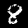
Label: 8